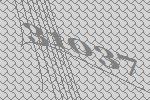
31037